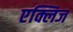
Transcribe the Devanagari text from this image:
एक्लिज